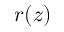
r ( z )